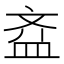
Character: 𱌘